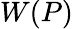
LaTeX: W(P)